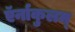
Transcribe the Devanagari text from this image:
ऍर्नाकुलम्